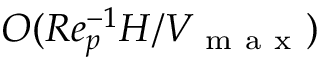
O ( R e _ { p } ^ { - 1 } H / V _ { \mathrm { ~ m ~ a ~ x ~ } } )